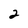
Character: 2